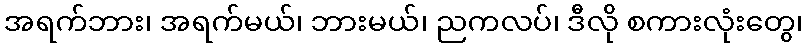
အရက်ဘား၊ အရက်မယ်၊ ဘားမယ်၊ ညကလပ်၊ ဒီလို စကားလုံးတွေ၊